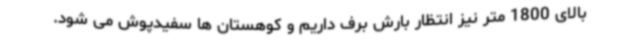
بالای 1800 متر نیز انتظار بارش برف داریم و کوهستان ها سفیدپوش می شود.